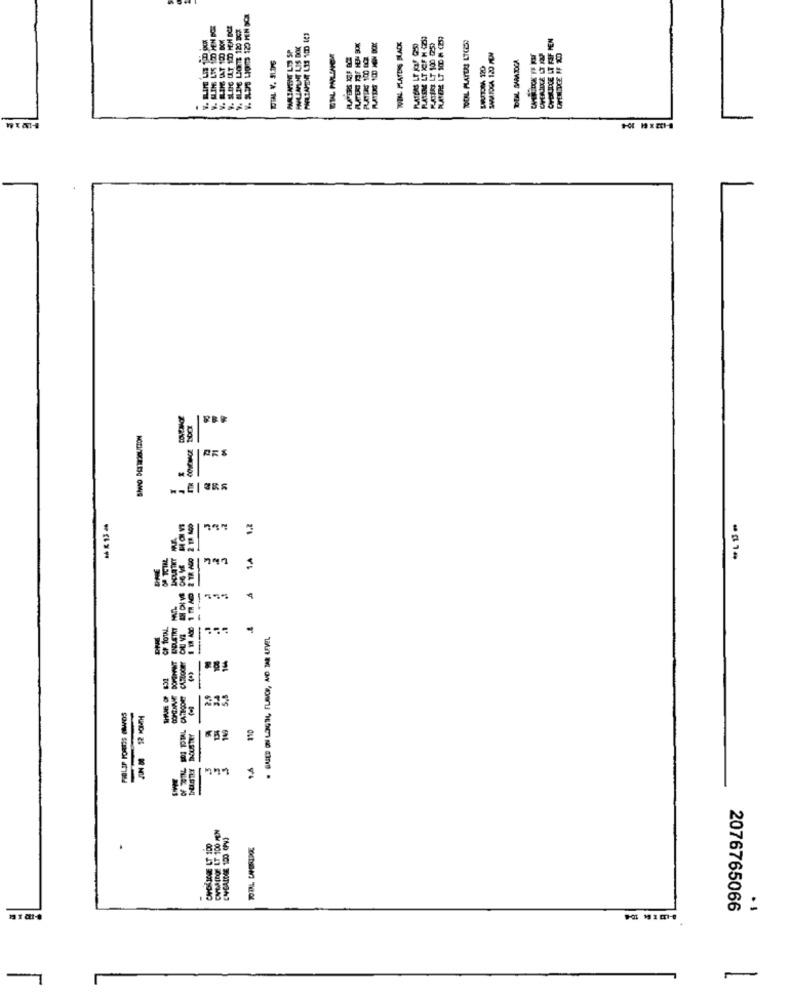
WIN FLATDS BLACK
EIL PALINGA
$5
SEIS 'A MIOL
LNDUETKY
134
CALA(BOE LT 100 PEN
2076765066